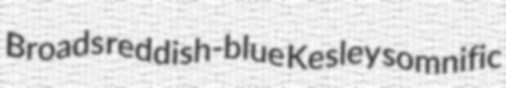
Broads reddish-blue Kesley somnific